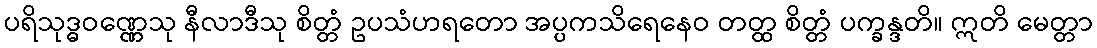
ပရိသုဒ္ဓဝဏ္ဏေသု နီလာဒီသု စိတ္တံ ဥပသံဟရတော အပ္ပကသိရေနေဝ တတ္ထ စိတ္တံ ပက္ခန္ဒတိ။ ဣတိ မေတ္တာ